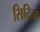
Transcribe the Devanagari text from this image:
सिटिज